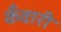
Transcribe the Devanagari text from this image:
कँवारी